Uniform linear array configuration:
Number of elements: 32
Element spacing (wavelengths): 0.5
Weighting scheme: exponential
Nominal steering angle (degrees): -15
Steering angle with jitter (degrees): -16.146
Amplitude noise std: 0.05
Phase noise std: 0.05

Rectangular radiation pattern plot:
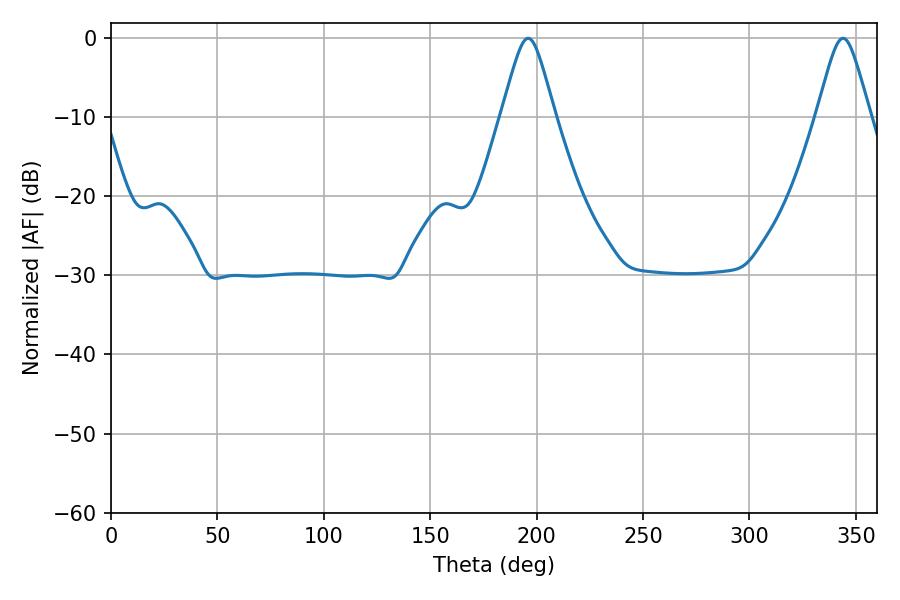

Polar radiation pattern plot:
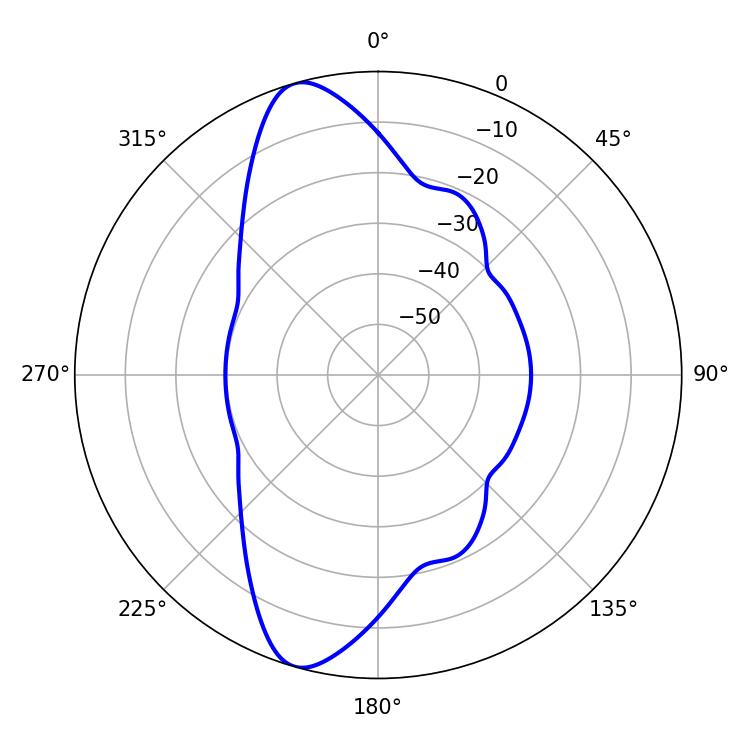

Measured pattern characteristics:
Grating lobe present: FALSE
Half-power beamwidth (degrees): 11.88
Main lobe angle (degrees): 196.02